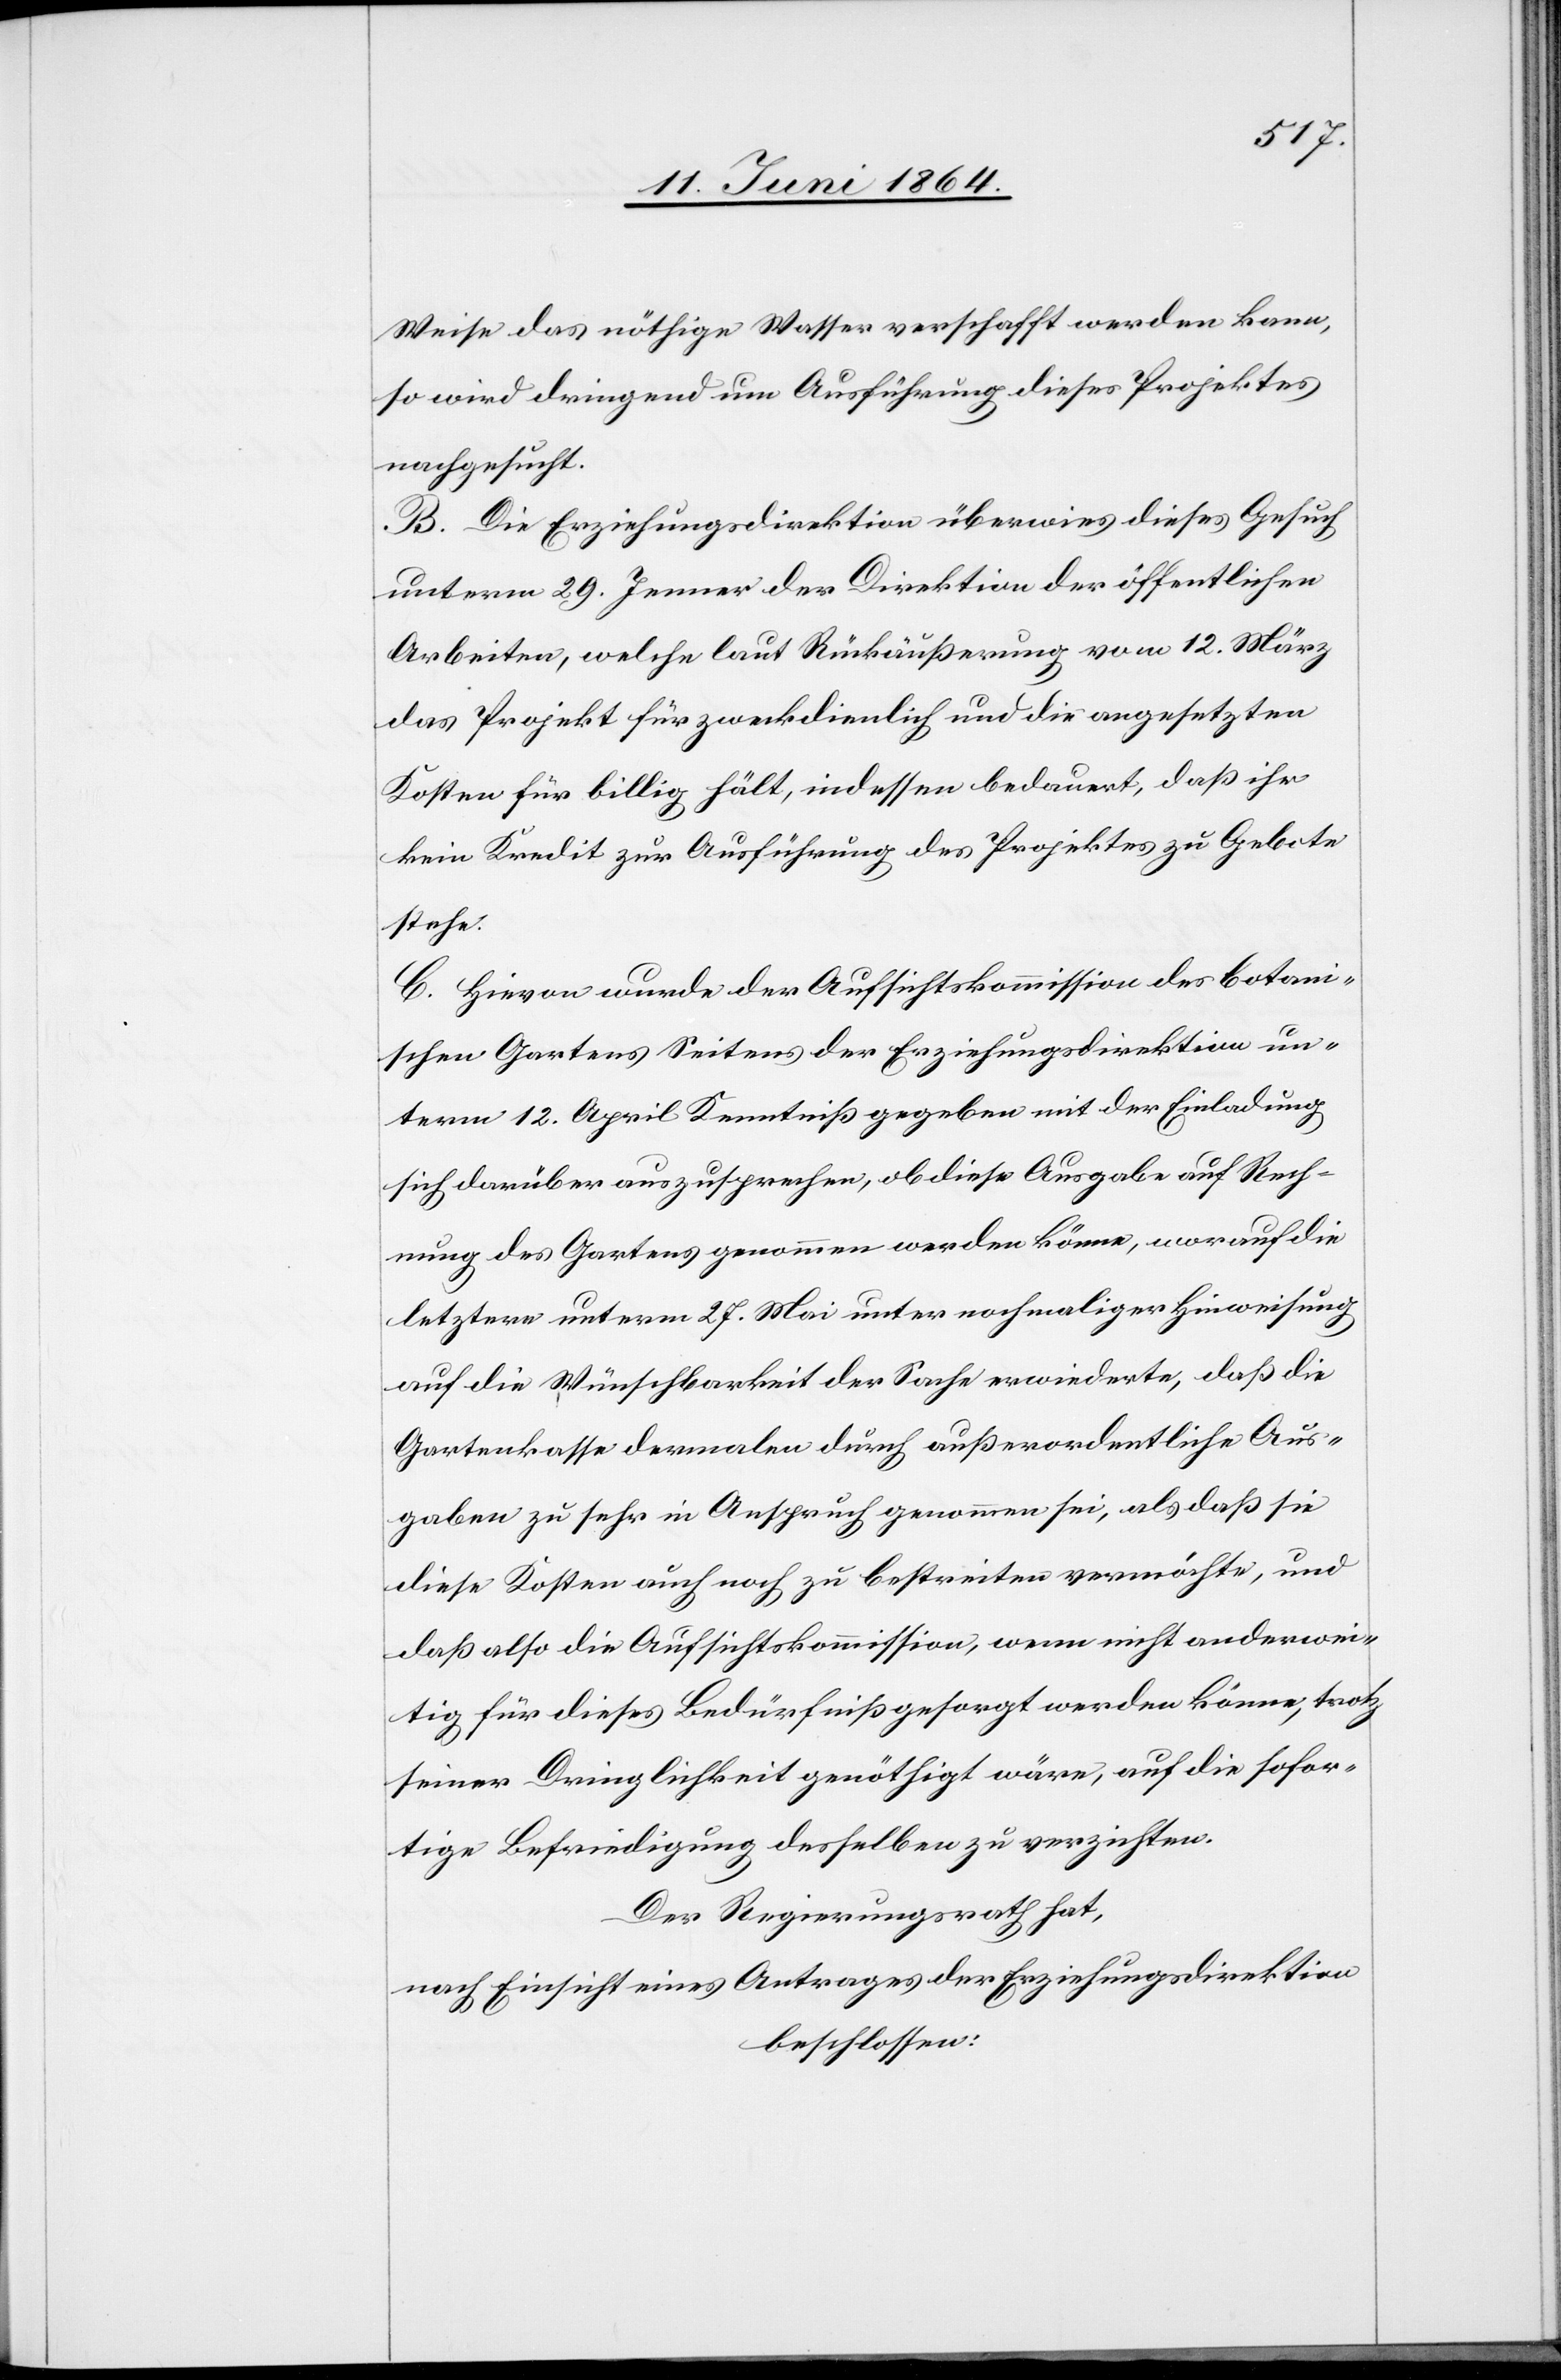
Weise das nöthige Wasser verschafft werden kann,
so wird dringend um Ausführung dieses Projektes
nachgesucht.
B. Die Erziehungsdirektion überwies dieses Gesuch
unterm 29. Jenner der Direktion der öffentlichen
Arbeiten, welche laut Rückäußerung vom 12. März
das Projekt für zweckdienlich und die angesetzten
Kosten für billig hält, indessen bedauert, daß ihr
kein Kredit zur Ausführung des Projektes zu Gebote
stehe.
C. Hievon wurde der Aufsichtskommission des botani¬
schen Gartens Seitens der Erziehungsdirektion un¬
term 12. April Kenntniß gegeben mit der Einladung
sich darüber auszusprechen, ob diese Ausgabe auf Rech¬
nung des Gartens genommen werden könne, worauf die
letzter unterm 27. Mai unter nochmaliger Hinweisung
auf die Wünschbarkeit der Sache erwiederte, daß die
Gartenkasse dermalen durch außerordentliche Aus¬
gaben zu sehr in Anspruch genommen sei, als daß sie
diese Kosten auch noch zu bestreiten vermöchte, und
daß also die Aufsichtskommission, wenn nicht anderwei¬
tig für dieses Bedürfniß gesorgt werden könne, trotz
seiner Dringlichkeit genöthigt wäre, auf die sofor¬
tige Befriedigung desselben zu verzichten.
Der Regierungsrath hat,
nach Einsicht eines Antrages der Erziehungsdirektion
beschlossen: